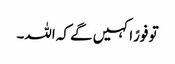
تو فورًاکہیں گے کہ اللہ۔